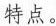
特点。